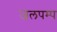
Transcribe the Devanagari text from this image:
जलपम्प